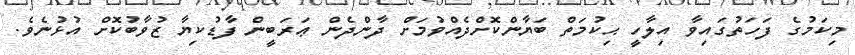
މިކަމުގެ ފަހަތުގައިވާ އިލާހީ ޙިކުމަތް ބަޔާންކޮށްދެއްވުމަށް ދާންދެން ޢަރަބީން ފާޑުކިޔާ ޒުވާބުކޮށް އުޅުނެވެ.